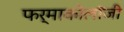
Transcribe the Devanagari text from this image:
फर्माकोलॉजी